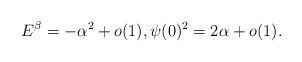
\begin{align*}E^{\beta}=-\alpha^2+o(1), \psi(0)^2=2\alpha+o(1).\end{align*}